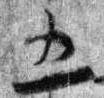
五